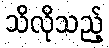
သိလိုသည့်